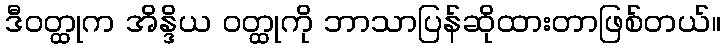
ဒီဝတ္ထုက အိန္ဒိယ ဝတ္ထုကို ဘာသာပြန်ဆိုထားတာဖြစ်တယ်။